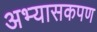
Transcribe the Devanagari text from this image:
अभ्यासकपण